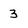
Character: 3